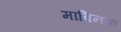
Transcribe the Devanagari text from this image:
माबिनक